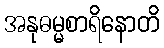
အနုဓမ္မစာရိနောတိ